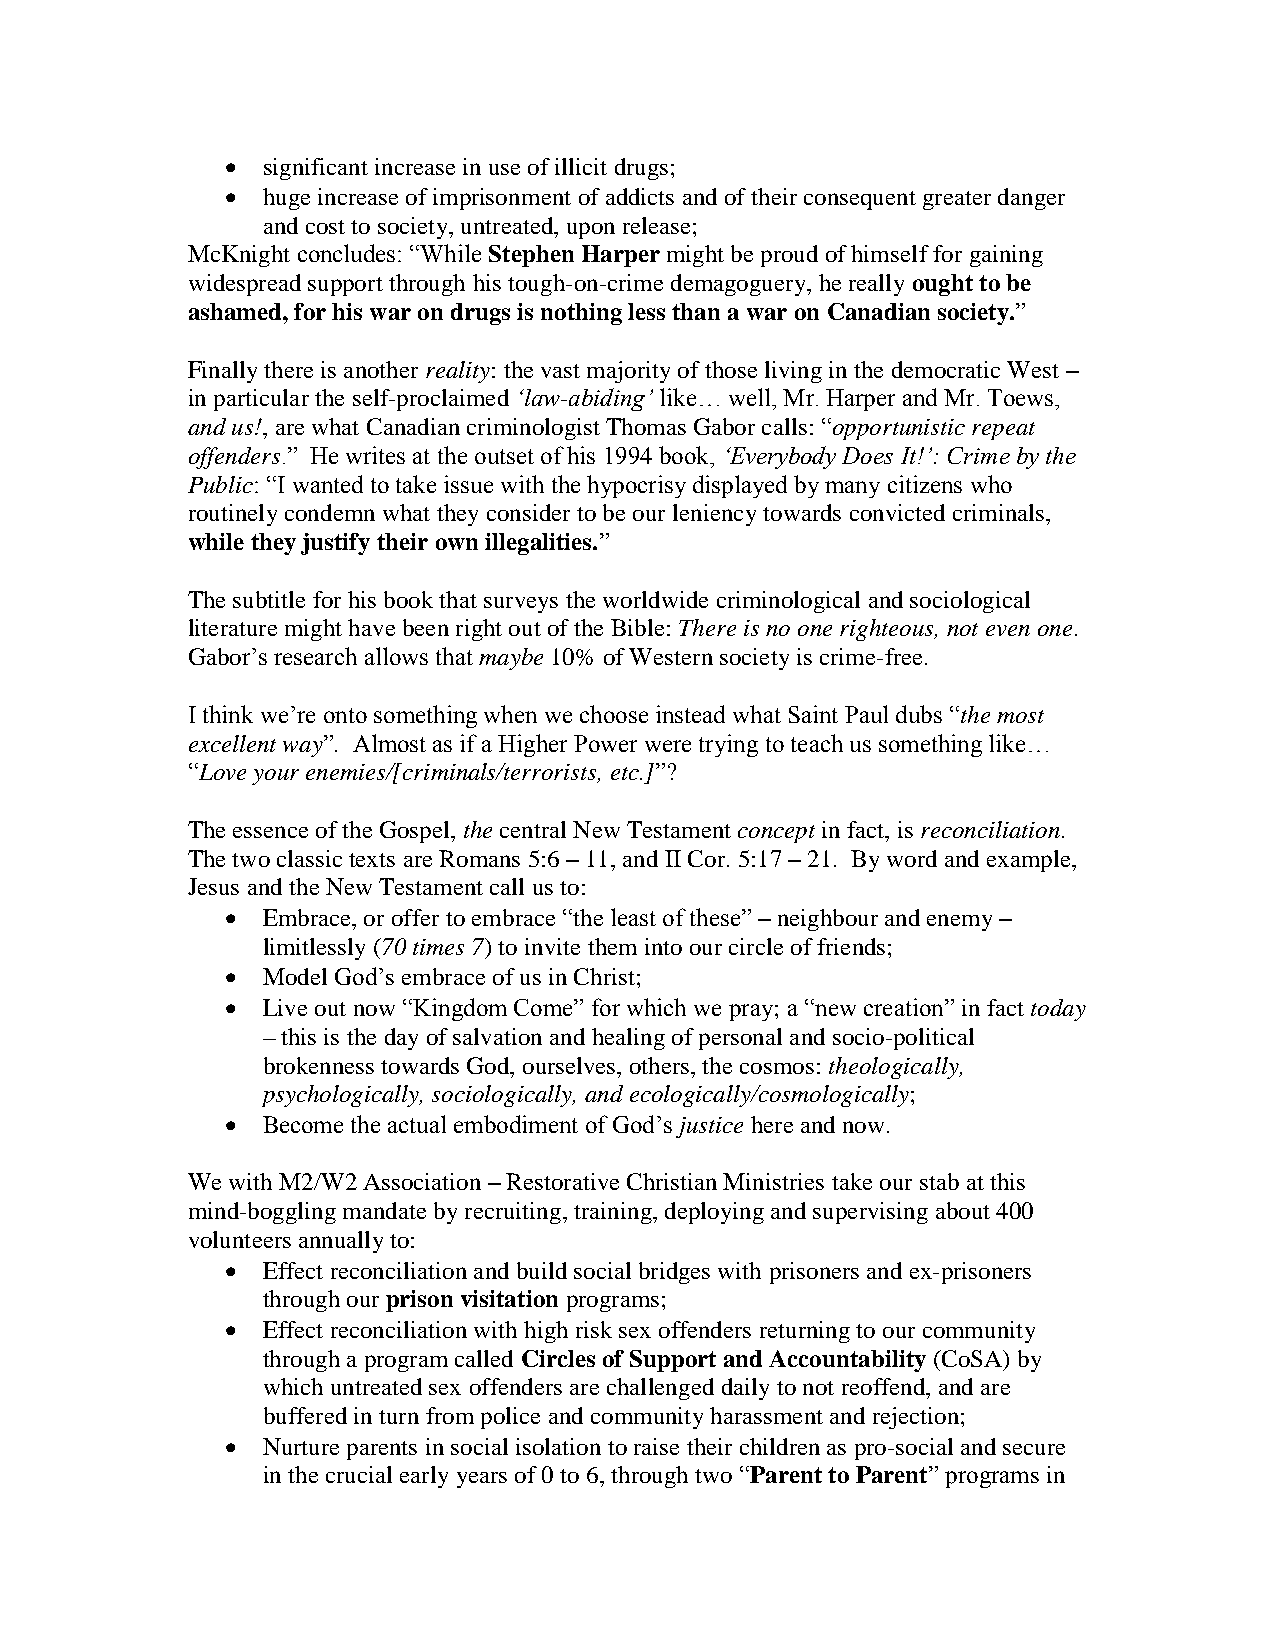
 significant increase in use of illicit drugs;
  huge increase of imprisonment of addicts and of their consequent greater danger
 and cost to society, untreated, upon release;
 McKnight concludes: “While Stephen Harper might be proud of himself for gaining
 widespread support through his tough-on-crime demagoguery, he really ought to be
 ashamed, for his war on drugs is nothing less than a war on Canadian society.”
 Finally there is another reality: the vast majority of those living in the democratic West –
 in particular the self-proclaimed ‘law-abiding’ like… well, Mr. Harper and Mr. Toews,
 and us!, are what Canadian criminologist Thomas Gabor calls: “opportunistic repeat
 offenders.” He writes at the outset of his 1994 book, ‘Everybody Does It!’: Crime by the
 Public: “I wanted to take issue with the hypocrisy displayed by many citizens who
 routinely condemn what they consider to be our leniency towards convicted criminals,
 while they justify their own illegalities.”
 The subtitle for his book that surveys the worldwide criminological and sociological
 literature might have been right out of the Bible: There is no one righteous, not even one.
 Gabor’s research allows that maybe 10% of Western society is crime-free.
 I think we’re onto something when we choose instead what Saint Paul dubs “the most
 excellent way”. Almost as if a Higher Power were trying to teach us something like…
 “Love your enemies/[criminals/terrorists, etc.]”?
 The essence of the Gospel, the central New Testament concept in fact, is reconciliation.
 The two classic texts are Romans 5:6 – 11, and II Cor. 5:17 – 21. By word and example,
 Jesus and the New Testament call us to:
  Embrace, or offer to embrace “the least of these” – neighbour and enemy –
 limitlessly (70 times 7) to invite them into our circle of friends;
  Model God’s embrace of us in Christ;
  Live out now “Kingdom Come” for which we pray; a “new creation” in fact today
 – this is the day of salvation and healing of personal and socio-political
 brokenness towards God, ourselves, others, the cosmos: theologically,
 psychologically, sociologically, and ecologically/cosmologically;
  Become the actual embodiment of God’s justice here and now.
 We with M2/W2 Association – Restorative Christian Ministries take our stab at this
 mind-boggling mandate by recruiting, training, deploying and supervising about 400
 volunteers annually to:
  Effect reconciliation and build social bridges with prisoners and ex-prisoners
 through our prison visitation programs;
  Effect reconciliation with high risk sex offenders returning to our community
 through a program called Circles of Support and Accountability (CoSA) by
 which untreated sex offenders are challenged daily to not reoffend, and are
 buffered in turn from police and community harassment and rejection;
  Nurture parents in social isolation to raise their children as pro-social and secure
 in the crucial early years of 0 to 6, through two “Parent to Parent” programs in